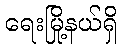
ရေးမြို့နယ်ရှိ